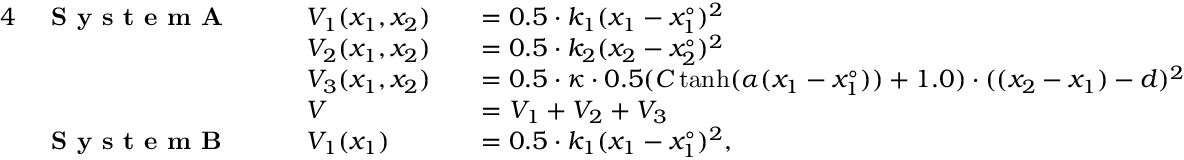
\begin{array} { r l r l r l } { { 4 } } & { \textbf { S y s t e m A } \: \: \: \: } & & { V _ { 1 } ( x _ { 1 } , x _ { 2 } ) } & & { = 0 . 5 \cdot k _ { 1 } ( x _ { 1 } - x _ { 1 } ^ { \circ } ) ^ { 2 } } \\ & { } & & { V _ { 2 } ( x _ { 1 } , x _ { 2 } ) } & & { = 0 . 5 \cdot k _ { 2 } ( x _ { 2 } - x _ { 2 } ^ { \circ } ) ^ { 2 } } \\ & { } & & { V _ { 3 } ( x _ { 1 } , x _ { 2 } ) } & & { = 0 . 5 \cdot \kappa \cdot 0 . 5 ( C \operatorname { t a n h } ( \alpha ( x _ { 1 } - x _ { 1 } ^ { \circ } ) ) + 1 . 0 ) \cdot ( ( x _ { 2 } - x _ { 1 } ) - d ) ^ { 2 } } \\ & { } & & { V } & & { = V _ { 1 } + V _ { 2 } + V _ { 3 } } \\ & { \textbf { S y s t e m B } } & & { V _ { 1 } ( x _ { 1 } ) } & & { = 0 . 5 \cdot k _ { 1 } ( x _ { 1 } - x _ { 1 } ^ { \circ } ) ^ { 2 } , } \end{array}